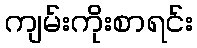
ကျမ်းကိုးစာရင်း